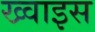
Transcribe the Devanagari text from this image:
ख्वाइस